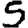
Digit: 5